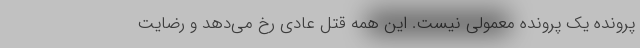
پرونده یک پرونده معمولی نیست. این همه قتل عادی رخ می‌دهد و رضایت